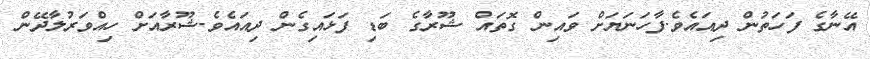
އޭނާގެ ފަހަތުން ދިއައެވެ.ފާހަނަޔަށް ވައިން ގޮތައް ޝޫރާގެ ބަޑި ފަޅައިގެން ދިއައެވެ.ޝޫރާއަށް ހިއްވަރުލާދޭން